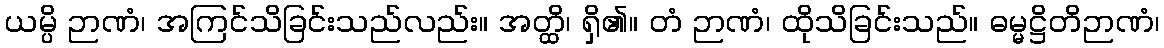
ယမ္ပိ ဉာဏံ၊ အကြင်သိခြင်းသည်လည်း။ အတ္ထိ၊ ရှိ၏။ တံ ဉာဏံ၊ ထိုသိခြင်းသည်။ ဓမ္မဋ္ဌိတိဉာဏံ၊